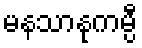
မနသာနုကမ္ပီ